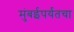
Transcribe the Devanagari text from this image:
मुंबईपर्यंतचा